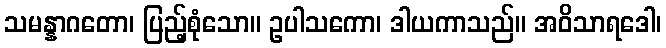
သမန္နာဂတော၊ ပြည့်စုံသော။ ဥပါသကော၊ ဒါယကာသည်။ အဝိသာရဒေါ၊